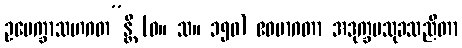
ဥပေက္ခာသဟဂတ”န္တိ (ဓ။ သ။ ၁၅၀) ဧဝမာဂတာ အဒုက္ခမသုခသညိတာ